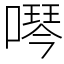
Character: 噖